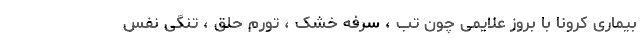
بیماری کرونا با بروز علایمی چون تب ، سرفه خشک ، تورم حلق ، تنگی نفس